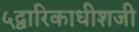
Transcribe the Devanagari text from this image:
५द्वारिकाधीशजी